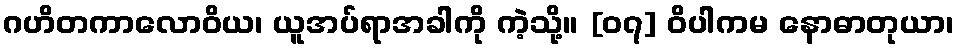
ဂဟိတကာလောဝိယ၊ ယူအပ်ရာအခါကို ကဲ့သို့။ [၀၇] ဝိပါကမ နောဓာတုယာ၊